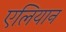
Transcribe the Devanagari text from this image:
एलियान